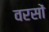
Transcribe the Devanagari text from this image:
वरसों